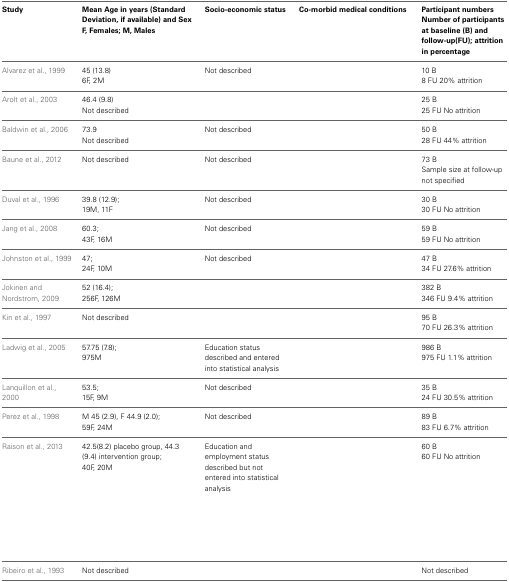
<table><thead><tr><td><b>Study</b></td><td><b>Mean Age in years (Standard Deviation, if available) and Sex F, Females; M, Males</b></td><td><b>Socio-economic status</b></td><td><b>Co-morbid medical conditions</b></td><td><b>Participant numbers Number of participants at baseline (B) and follow-up(FU); attrition in percentage</b></td></tr></thead><tbody><tr><td rowspan="2">Alvarez et al., 1999</td><td>45 (13.8)</td><td rowspan="2">Not described</td><td rowspan="2">[EMPTY_CELL]</td><td>10 B</td></tr><tr><td>6F, 2M</td><td>8 FU 20% attrition</td></tr><tr><td rowspan="2">Arolt et al., 2003</td><td>46.4 (9.8)</td><td rowspan="2">[EMPTY_CELL]</td><td rowspan="2">[EMPTY_CELL]</td><td>25 B</td></tr><tr><td>Not described</td><td>25 FU No attrition</td></tr><tr><td rowspan="2">Baldwin et al., 2006</td><td>73.9</td><td rowspan="2">Not described</td><td rowspan="2">[EMPTY_CELL]</td><td>50 B</td></tr><tr><td>Not described</td><td>28 FU 44% attrition</td></tr><tr><td rowspan="2">Baune et al., 2012</td><td rowspan="2">Not described</td><td rowspan="2">Not described</td><td rowspan="2">[EMPTY_CELL]</td><td>73 B</td></tr><tr><td>Sample size at follow-up not specified</td></tr><tr><td rowspan="2">Duval et al., 1996</td><td>39.8 (12.9);</td><td rowspan="2">Not described</td><td rowspan="2">[EMPTY_CELL]</td><td>30 B</td></tr><tr><td>19M, 11F</td><td>30 FU No attrition</td></tr><tr><td rowspan="2">Jang et al., 2008</td><td>60.3;</td><td rowspan="2">Not described</td><td rowspan="2">[EMPTY_CELL]</td><td>59 B</td></tr><tr><td>43F, 16M</td><td>59 FU No attrition</td></tr><tr><td rowspan="2">Johnston et al., 1999</td><td>47;</td><td rowspan="2">Not described</td><td rowspan="2">[EMPTY_CELL]</td><td>47 B</td></tr><tr><td>24F, 10M</td><td>34 FU 27.6% attrition</td></tr><tr><td rowspan="2">Jokinen and Nordstrom, 2009</td><td>52 (16.4);</td><td rowspan="2">[EMPTY_CELL]</td><td rowspan="2">[EMPTY_CELL]</td><td>382 B</td></tr><tr><td>256F, 126M</td><td>346 FU 9.4% attrition</td></tr><tr><td rowspan="2">Kin et al., 1997</td><td rowspan="2">Not described</td><td rowspan="2">[EMPTY_CELL]</td><td rowspan="2">[EMPTY_CELL]</td><td>95 B</td></tr><tr><td>70 FU 26.3% attrition</td></tr><tr><td rowspan="2">Ladwig et al., 2005</td><td>57.75 (7.8);</td><td rowspan="2">Education status described and entered into statistical analysis</td><td rowspan="2">[EMPTY_CELL]</td><td>986 B</td></tr><tr><td>975M</td><td>975 FU 1.1% attrition</td></tr><tr><td rowspan="2">Lanquillon et al., 2000</td><td>53.5;</td><td rowspan="2">Not described</td><td rowspan="2">[EMPTY_CELL]</td><td>35 B</td></tr><tr><td>15F, 9M</td><td>24 FU 30.5% attrition</td></tr><tr><td rowspan="2">Perez et al., 1998</td><td>M 45 (2.9), F 44.9 (2.0);</td><td rowspan="2">Not described</td><td rowspan="2">[EMPTY_CELL]</td><td>89 B</td></tr><tr><td>59F, 24M</td><td>83 FU 6.7% attrition</td></tr><tr><td rowspan="2">Raison et al., 2013</td><td>42.5(8.2) placebo group, 44.3 (9.4) intervention group;</td><td rowspan="2">Education and employment status described but not entered into statistical analysis</td><td rowspan="2">[EMPTY_CELL]</td><td>60 B</td></tr><tr><td>40F, 20M</td><td>60 FU No attrition</td></tr><tr><td>Ribeiro et al., 1993</td><td>Not described</td><td>[EMPTY_CELL]</td><td>[EMPTY_CELL]</td><td>Not described</td></tr></tbody></table>